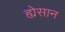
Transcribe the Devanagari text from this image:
ह्येसान